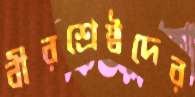
বীরশ্রেষ্ঠদের